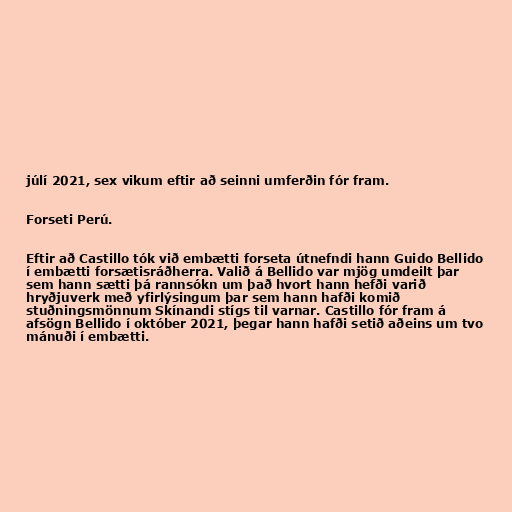
júlí 2021, sex vikum eftir að seinni umferðin fór fram.

Forseti Perú.

Eftir að Castillo tók við embætti forseta útnefndi hann Guido Bellido
í embætti forsætisráðherra. Valið á Bellido var mjög umdeilt þar
sem hann sætti þá rannsókn um það hvort hann hefði varið
hryðjuverk með yfirlýsingum þar sem hann hafði komið
stuðningsmönnum Skínandi stígs til varnar. Castillo fór fram á
afsögn Bellido í október 2021, þegar hann hafði setið aðeins um tvo
mánuði í embætti.